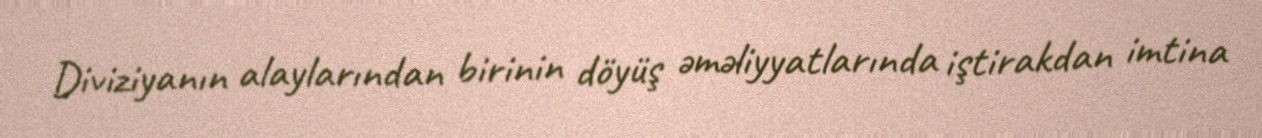
Diviziyanın alaylarından birinin döyüş əməliyyatlarında iştirakdan imtina